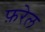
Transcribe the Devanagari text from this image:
फ़रेल